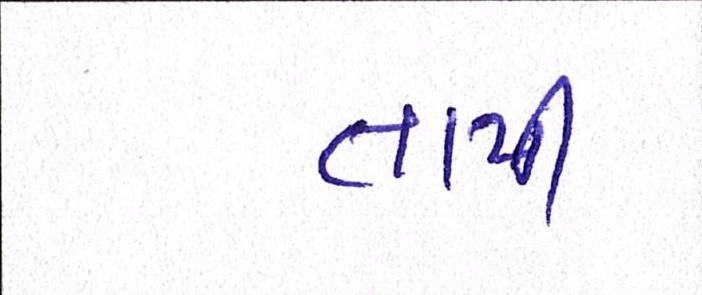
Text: તાપી